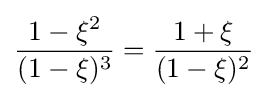
{\frac {1-\xi ^{2}}{(1-\xi )^{3}}}={\frac {1+\xi }{(1-\xi )^{2}}}